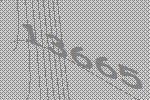
13665